Epidemic dropsy in Calcutta - Number 49
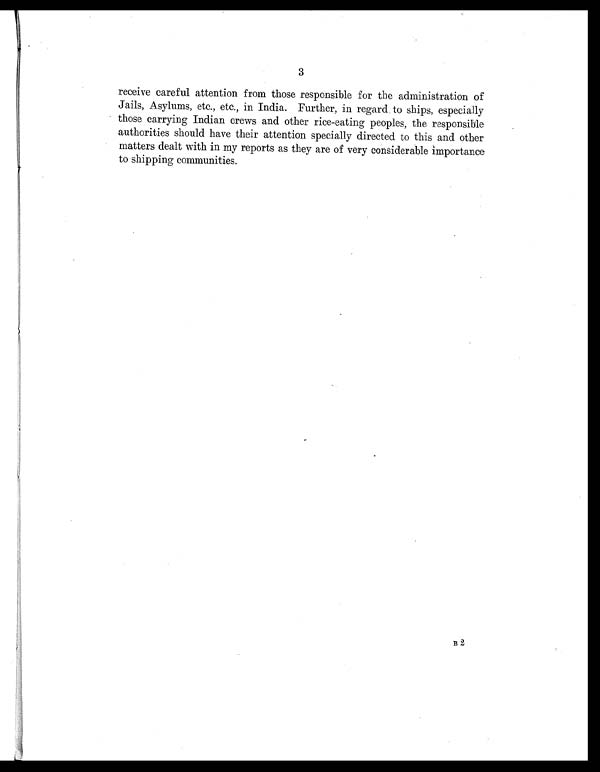
3
receive careful attention from those responsible for the administration of
Jails, Asylums, etc., etc., in India. Further, in regard to ships, especially
those carrying Indian crews and other rice-eating peoples, the responsible
authorities should have their attention specially directed to this and other
matters dealt with in my reports as they are of very considerable importance
to shipping communities.
B2